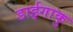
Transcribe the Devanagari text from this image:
डाईगाकु